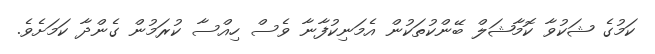
ކަމުގެ ޝަކުވާ ކޮމާޝަލް ބޭންކުތަކުން އެމަނިކުފާނާ ވެސް ހިއްސާ ކުރަމުން ގެންދާ ކަމަށެވެ.